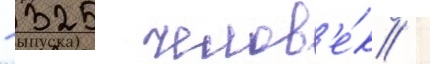
- 325 челов'е́к /